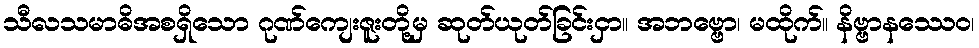
သီလသမာဓိအစရှိသော ဂုဏ်ကျေးဇူးတို့မှ ဆုတ်ယုတ်ခြင်းငှာ။ အဘဗ္ဗော၊ မထိုက်။ နိဗ္ဗာနဿေဝ၊